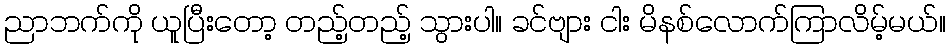
ညာဘက်ကို ယူပြီးတော့ တည့်တည့် သွားပါ။ ခင်ဗျား ငါး မိနစ်လောက်ကြာလိမ့်မယ်။